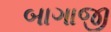
બાગાજી